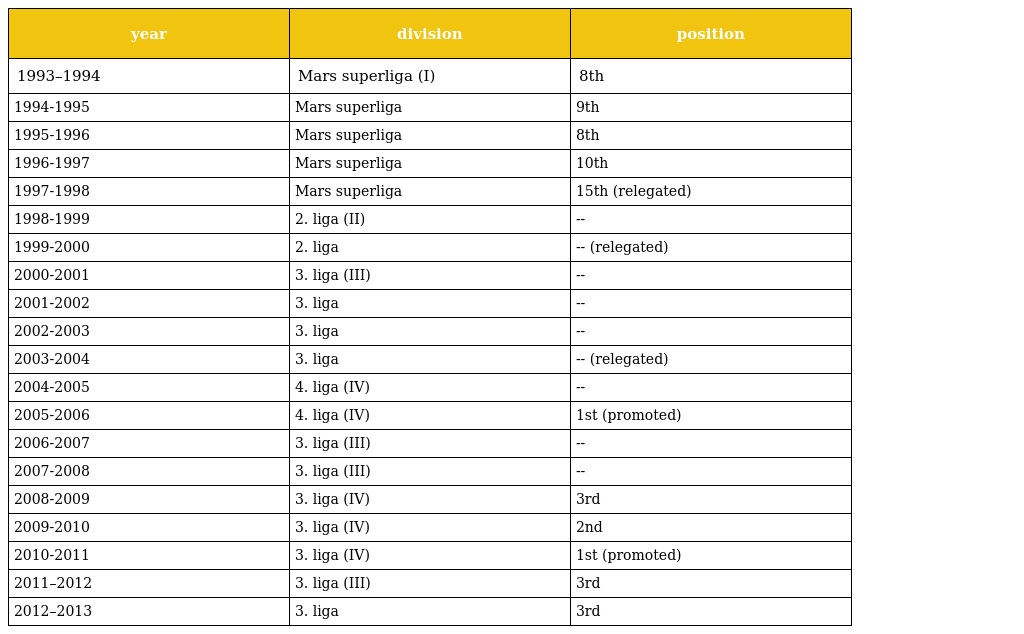
| year | division | position |
 | --- | --- | --- |
 | 1993–1994 | Mars superliga (I) | 8th |
 | 1994-1995 | Mars superliga | 9th |
 | 1995-1996 | Mars superliga | 8th |
 | 1996-1997 | Mars superliga | 10th |
 | 1997-1998 | Mars superliga | 15th (relegated) |
 | 1998-1999 | 2. liga (II) | -- |
 | 1999-2000 | 2. liga | -- (relegated) |
 | 2000-2001 | 3. liga (III) | -- |
 | 2001-2002 | 3. liga | -- |
 | 2002-2003 | 3. liga | -- |
 | 2003-2004 | 3. liga | -- (relegated) |
 | 2004-2005 | 4. liga (IV) | -- |
 | 2005-2006 | 4. liga (IV) | 1st (promoted) |
 | 2006-2007 | 3. liga (III) | -- |
 | 2007-2008 | 3. liga (III) | -- |
 | 2008-2009 | 3. liga (IV) | 3rd |
 | 2009-2010 | 3. liga (IV) | 2nd |
 | 2010-2011 | 3. liga (IV) | 1st (promoted) |
 | 2011–2012 | 3. liga (III) | 3rd |
 | 2012–2013 | 3. liga | 3rd |